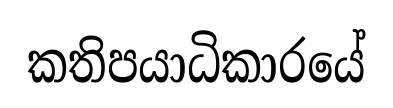
කතිපයාධිකාරයේ